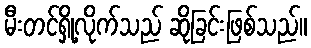
မီးတင်ရှို့လိုက်သည် ဆိုခြင်းဖြစ်သည်။